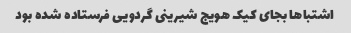
اشتباها بجای کیک هویج شیرینی گردویی فرستاده شده بود